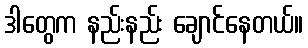
ဒါတွေက နည်းနည်း ချောင်နေတယ်။